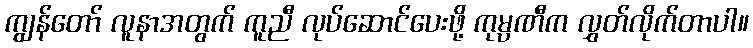
ကျွန်တော် လူနာအတွက် ကူညီ လုပ်ဆောင်ပေးဖို့ ကုမ္ပဏီက လွှတ်လိုက်တာပါ။